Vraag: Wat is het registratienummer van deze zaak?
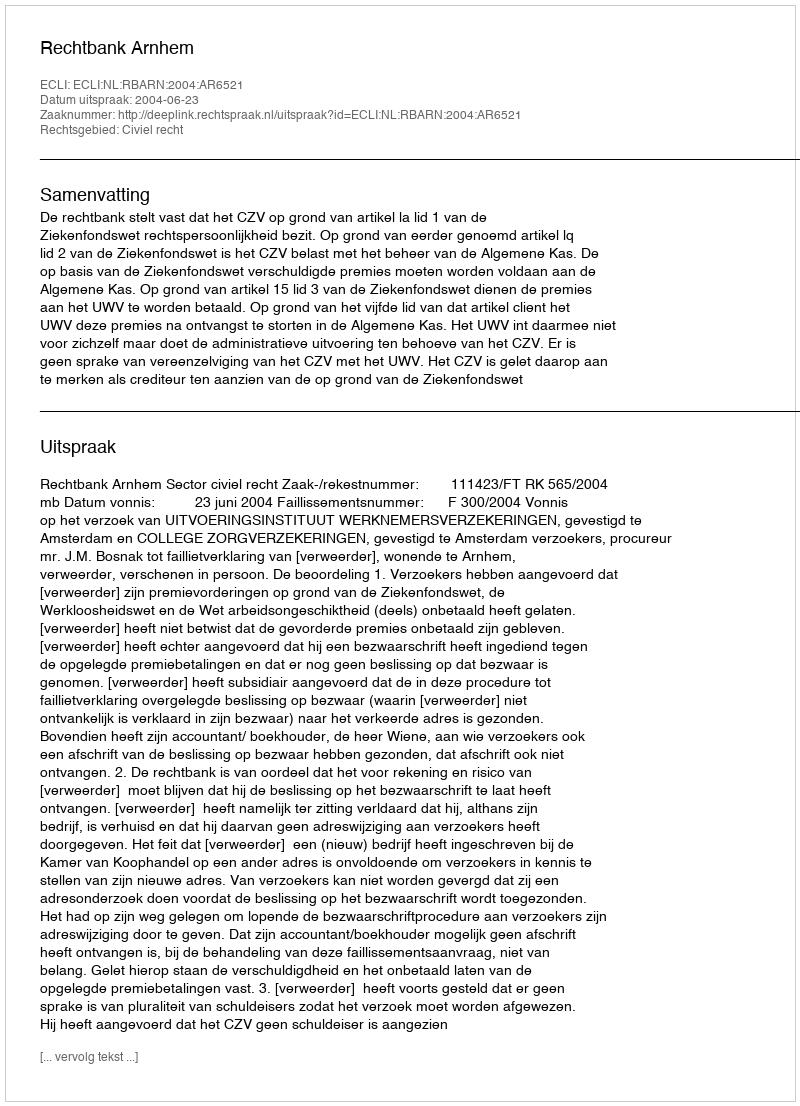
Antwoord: http://deeplink.rechtspraak.nl/uitspraak?id=ECLI:NL:RBARN:2004:AR6521